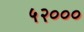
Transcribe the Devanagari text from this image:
५२०००